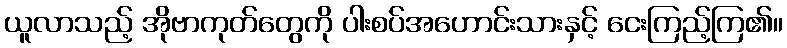
ယူလာသည့် အိုဗာကုတ်တွေကို ပါးစပ်အဟောင်းသားနှင့် ငေးကြည့်ကြ၏။